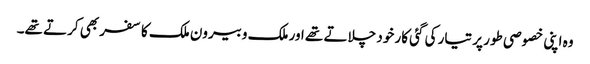
وہ اپنی خصوصی طور پر تیار کی گئی کار خود چلاتے تھے اور ملک وبیرون ملک کا سفر بھی کرتے تھے۔